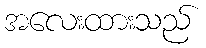
အလေးထားသည်